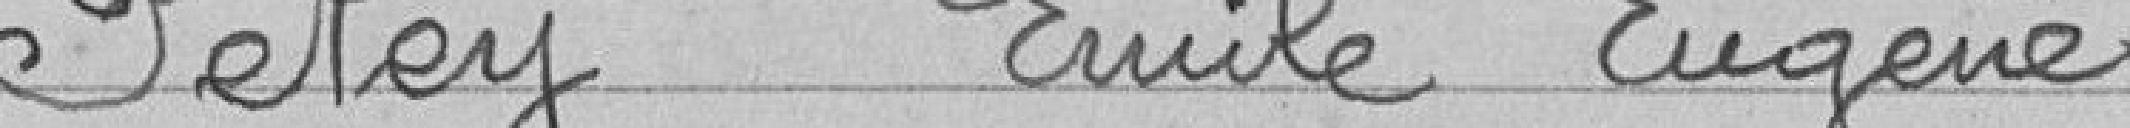
PETEY Emile Eugène